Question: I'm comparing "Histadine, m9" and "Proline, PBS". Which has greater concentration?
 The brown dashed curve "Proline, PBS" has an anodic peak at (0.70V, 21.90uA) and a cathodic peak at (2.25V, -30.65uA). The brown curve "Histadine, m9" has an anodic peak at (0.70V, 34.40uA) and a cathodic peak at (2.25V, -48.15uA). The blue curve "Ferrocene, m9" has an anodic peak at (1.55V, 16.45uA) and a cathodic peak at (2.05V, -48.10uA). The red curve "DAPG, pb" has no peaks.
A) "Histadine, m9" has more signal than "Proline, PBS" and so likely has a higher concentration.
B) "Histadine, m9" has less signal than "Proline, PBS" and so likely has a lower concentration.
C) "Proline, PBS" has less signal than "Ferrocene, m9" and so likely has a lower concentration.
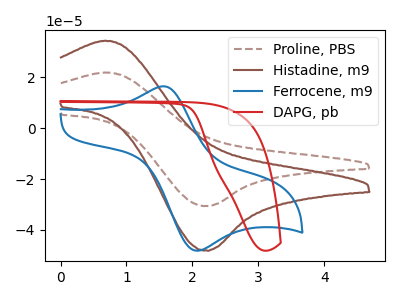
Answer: <think>All the peaks in "Histadine, m9" have a peak in "Proline, PBS" at the same potential. Every peak in "Histadine, m9" is higher than every peak in "Proline, PBS".
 </think>
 <answer>A) "Histadine, m9" has more signal than "Proline, PBS" and so likely has a higher concentration.</answer>
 <eval>A</eval>